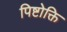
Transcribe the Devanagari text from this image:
पिष्टोक्ति